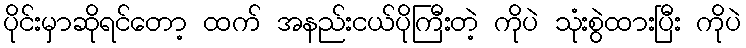
ပိုင်းမှာဆိုရင်တော့ ထက် အနည်းငယ်ပိုကြီးတဲ့ ကိုပဲ သုံးစွဲထားပြီး ကိုပဲ